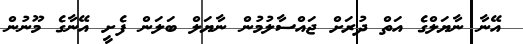
އޭނާ ނާޔަލްގެ އަތް ދުރަށް ޖައްސާލުމުން ނާޔަލް ބަލަން ފެށީ އޭނާގެ މޫނުން